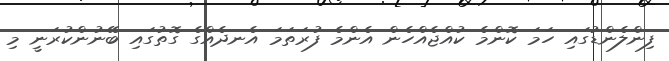
ފިންލެންޑުގައި ހަމަ ކޮންމެ ކުއްޖެއްހެން އެންމެ ފުރަތަމަ އެނދެއްގެ ގޮތުގައި ބޭނުންކުރަނީ މި